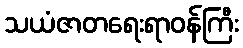
သယံဇာတရေးရာဝန်ကြီး